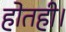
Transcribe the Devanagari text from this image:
होतही।